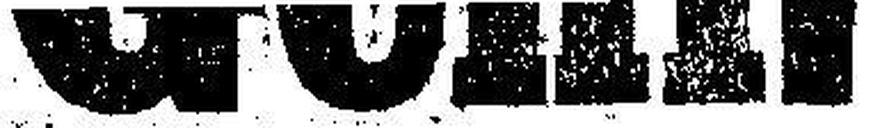
Genf.